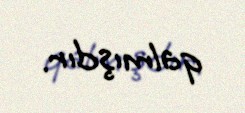
qalmışdır.